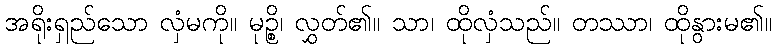
အရိုးရှည်သော လှံမကို။ မုဉ္စိ၊ လွှတ်၏။ သာ၊ ထိုလှံသည်။ တဿာ၊ ထိုနွားမ၏။